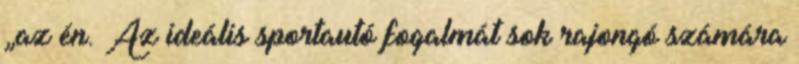
„az én. Az ideális sportautó fogalmát sok rajongó számára